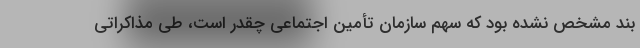
بند مشخص نشده بود که سهم سازمان تأمین اجتماعی چقدر است، طی مذاکراتی